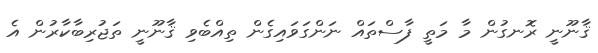
ޤާނޫނީ ރޮނގުން މާ މަތީ ފާސްތައް ނަންގަވައިގެން ތިއްބެވި ޤާނޫނީ ތަޖުރިބާކާރުން އެ